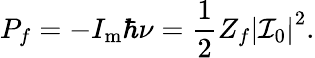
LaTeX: P_{f}=-I_{\mathrm{{m}}}\hbar\nu=\frac{1}{2}Z_{f}\left|\mathcal{I}_{0}\right|^{2}.